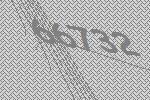
66732